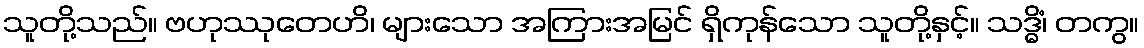
သူတို့သည်။ ဗဟုဿုတေဟိ၊ များသော အကြားအမြင် ရှိကုန်သော သူတို့နှင့်။ သဒ္ဓိံ၊ တကွ။